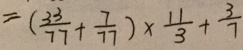
= ( \frac { 3 3 } { 7 7 } + \frac { 7 } { 7 7 } ) \times \frac { 1 1 } { 3 } + \frac { 3 } { 7 }